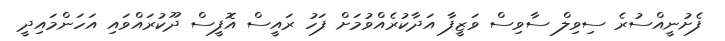
ފެށުނީއްސުރެ ސިވިލް ސާވިސް ވަޒީފާ އަދާކުރެއްވުމަށް ފަހު ރައީސް އޮފީސް ދޫކުރައްވައި އަހަންމައިދީ